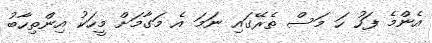
އެންމެ ފަހު ހަ މަސް ތެރޭގައި ނަމަ އެ މަގާމަށް މީހަކު އިންތިހާބު